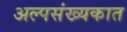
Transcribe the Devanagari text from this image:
अल्पसंख्यकात